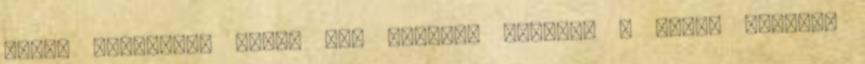
előtt szerettem volna még idehaza váltani a helyi pénzből